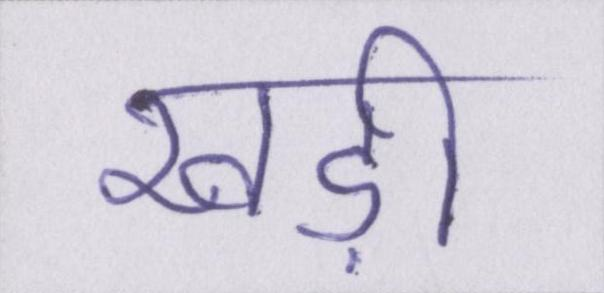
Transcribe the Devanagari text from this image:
खड़ी